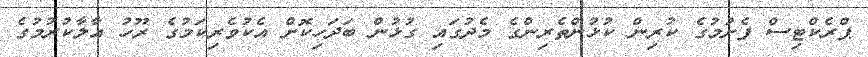
ޕްރެކްޓިސް ފެށުމުގެ ކުރިން ކުޅުންތެރިންގެ މެދުގައި ގުޅުން ބަދަހިކޮށް އެކުވެރިކަމުގެ ރޫހު އާލާކުރުމުގެ